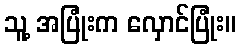
သူ့ အပြုံးက လှောင်ပြုံး။